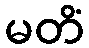
မတိံ